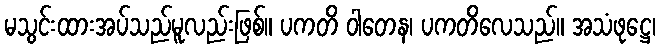
မသွင်းထားအပ်သည်မူလည်းဖြစ်။ ပကတိ ဝါတေန၊ ပကတိလေသည်။ အသံဖုဋ္ဌေ၊